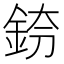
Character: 𨦌